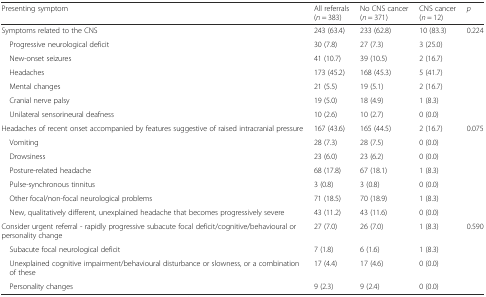
<table><thead><tr><td><b>Presenting symptom</b></td><td><b>All referrals (<i>n</i> = 383)</b></td><td><b>No CNS cancer (<i>n</i> = 371)</b></td><td><b>CNS cancer (<i>n</i> = 12)</b></td><td><b><i>p</i></b></td></tr></thead><tbody><tr><td>Symptoms related to the CNS</td><td>243 (63.4)</td><td>233 (62.8)</td><td>10 (83.3)</td><td>0.224</td></tr><tr><td> Progressive neurological deficit</td><td>30 (7.8)</td><td>27 (7.3)</td><td>3 (25.0)</td><td></td></tr><tr><td> New-onset seizures</td><td>41 (10.7)</td><td>39 (10.5)</td><td>2 (16.7)</td><td></td></tr><tr><td> Headaches</td><td>173 (45.2)</td><td>168 (45.3)</td><td>5 (41.7)</td><td></td></tr><tr><td> Mental changes</td><td>21 (5.5)</td><td>19 (5.1)</td><td>2 (16.7)</td><td></td></tr><tr><td> Cranial nerve palsy</td><td>19 (5.0)</td><td>18 (4.9)</td><td>1 (8.3)</td><td></td></tr><tr><td> Unilateral sensorineural deafness</td><td>10 (2.6)</td><td>10 (2.7)</td><td>0 (0.0)</td><td></td></tr><tr><td>Headaches of recent onset accompanied by features suggestive of raised intracranial pressure</td><td>167 (43.6)</td><td>165 (44.5)</td><td>2 (16.7)</td><td>0.075</td></tr><tr><td> Vomiting</td><td>28 (7.3)</td><td>28 (7.5)</td><td>0 (0.0)</td><td></td></tr><tr><td> Drowsiness</td><td>23 (6.0)</td><td>23 (6.2)</td><td>0 (0.0)</td><td></td></tr><tr><td> Posture-related headache</td><td>68 (17.8)</td><td>67 (18.1)</td><td>1 (8.3)</td><td></td></tr><tr><td> Pulse-synchronous tinnitus</td><td>3 (0.8)</td><td>3 (0.8)</td><td>0 (0.0)</td><td></td></tr><tr><td> Other focal/non-focal neurological problems</td><td>71 (18.5)</td><td>70 (18.9)</td><td>1 (8.3)</td><td></td></tr><tr><td> New, qualitatively different, unexplained headache that becomes progressively severe</td><td>43 (11.2)</td><td>43 (11.6)</td><td>0 (0.0)</td><td></td></tr><tr><td>Consider urgent referral - rapidly progressive subacute focal deficit/cognitive/behavioural or personality change</td><td>27 (7.0)</td><td>26 (7.0)</td><td>1 (8.3)</td><td>0.590</td></tr><tr><td> Subacute focal neurological deficit</td><td>7 (1.8)</td><td>6 (1.6)</td><td>1 (8.3)</td><td></td></tr><tr><td> Unexplained cognitive impairment/behavioural disturbance or slowness, or a combination of these</td><td>17 (4.4)</td><td>17 (4.6)</td><td>0 (0.0)</td><td></td></tr><tr><td> Personality changes</td><td>9 (2.3)</td><td>9 (2.4)</td><td>0 (0.0)</td><td></td></tr></tbody></table>